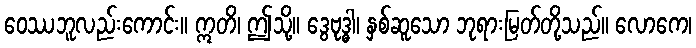
ဝေဿဘူလည်းကောင်း။ ဣတိ၊ ဤသို့။ ဒွေဗုဒ္ဓါ၊ နှစ်ဆူသော ဘုရားမြတ်တို့သည်။ လောကေ၊